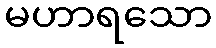
မဟာရသော